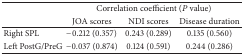
<table><thead><tr><td rowspan="2"><b> </b></td><td colspan="3"><b>Correlation coefficient (<i>P</i> value)</b></td></tr><tr><td><b>JOA scores</b></td><td><b>NDI scores</b></td><td><b>Disease duration</b></td></tr></thead><tbody><tr><td>Right SPL</td><td>−0.212 (0.357)</td><td>0.243 (0.289)</td><td>0.135 (0.560)</td></tr><tr><td>Left PostG/PreG</td><td>−0.037 (0.874)</td><td>0.124 (0.591)</td><td>0.244 (0.286)</td></tr></tbody></table>